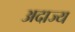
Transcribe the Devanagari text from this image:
अदाज्य